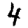
Digit: 4